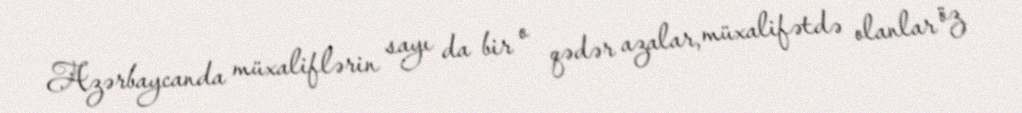
Azərbaycanda müxaliflərin sayı da bir o qədər azalar, müxalifətdə olanlar öz